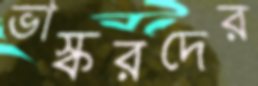
ভাস্করদের